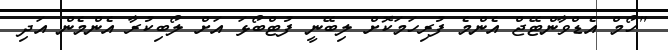
"ހޯމް އެޑްވާންޓޭޖް އެންމެ ފުރިހަމަކޮށް ލިބޭނީ ފުޓްބޯޅަ އަށް ލޯބިކުރާ އެންމެން އަދި